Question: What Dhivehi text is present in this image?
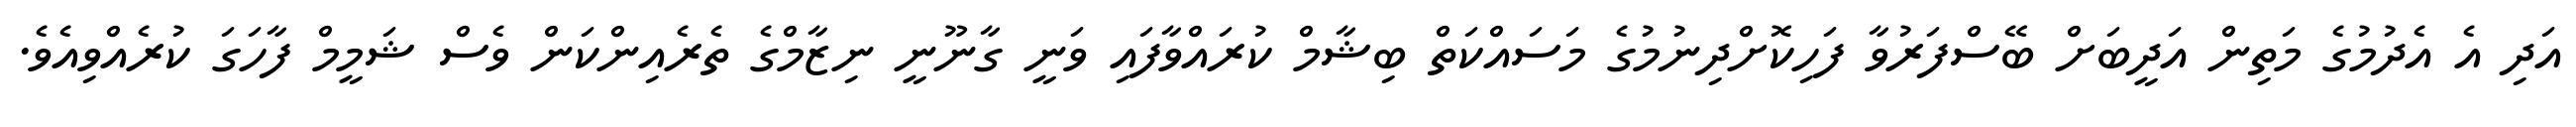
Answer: އަދި އެ އެދުމުގެ މަތިން އަދީބަށް ބޭސްފަރުވާ ފަހިކޮށްދިނުމުގެ މަސައްކަތް ބިޝާމް ކުރައްވާފައި ވަނީ ގާނޫނީ ނިޒާމްގެ ތެރެއިންކަން ވެސް ޝަމީމް ފާހަގަ ކުރެއްވިއެވެ.